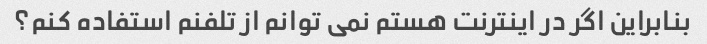
بنابراین اگر در اینترنت هستم نمی توانم از تلفنم استفاده کنم؟